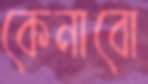
কেনাবো